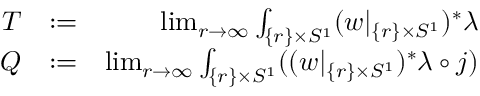
\begin{array} { r l r } { T } & { : = } & { \operatorname* { l i m } _ { r \to \infty } \int _ { \{ r \} \times S ^ { 1 } } ( w | _ { \{ r \} \times S ^ { 1 } } ) ^ { * } \lambda } \\ { Q } & { : = } & { \operatorname* { l i m } _ { r \to \infty } \int _ { \{ r \} \times S ^ { 1 } } ( ( w | _ { \{ r \} \times S ^ { 1 } } ) ^ { * } \lambda \circ j ) } \end{array}